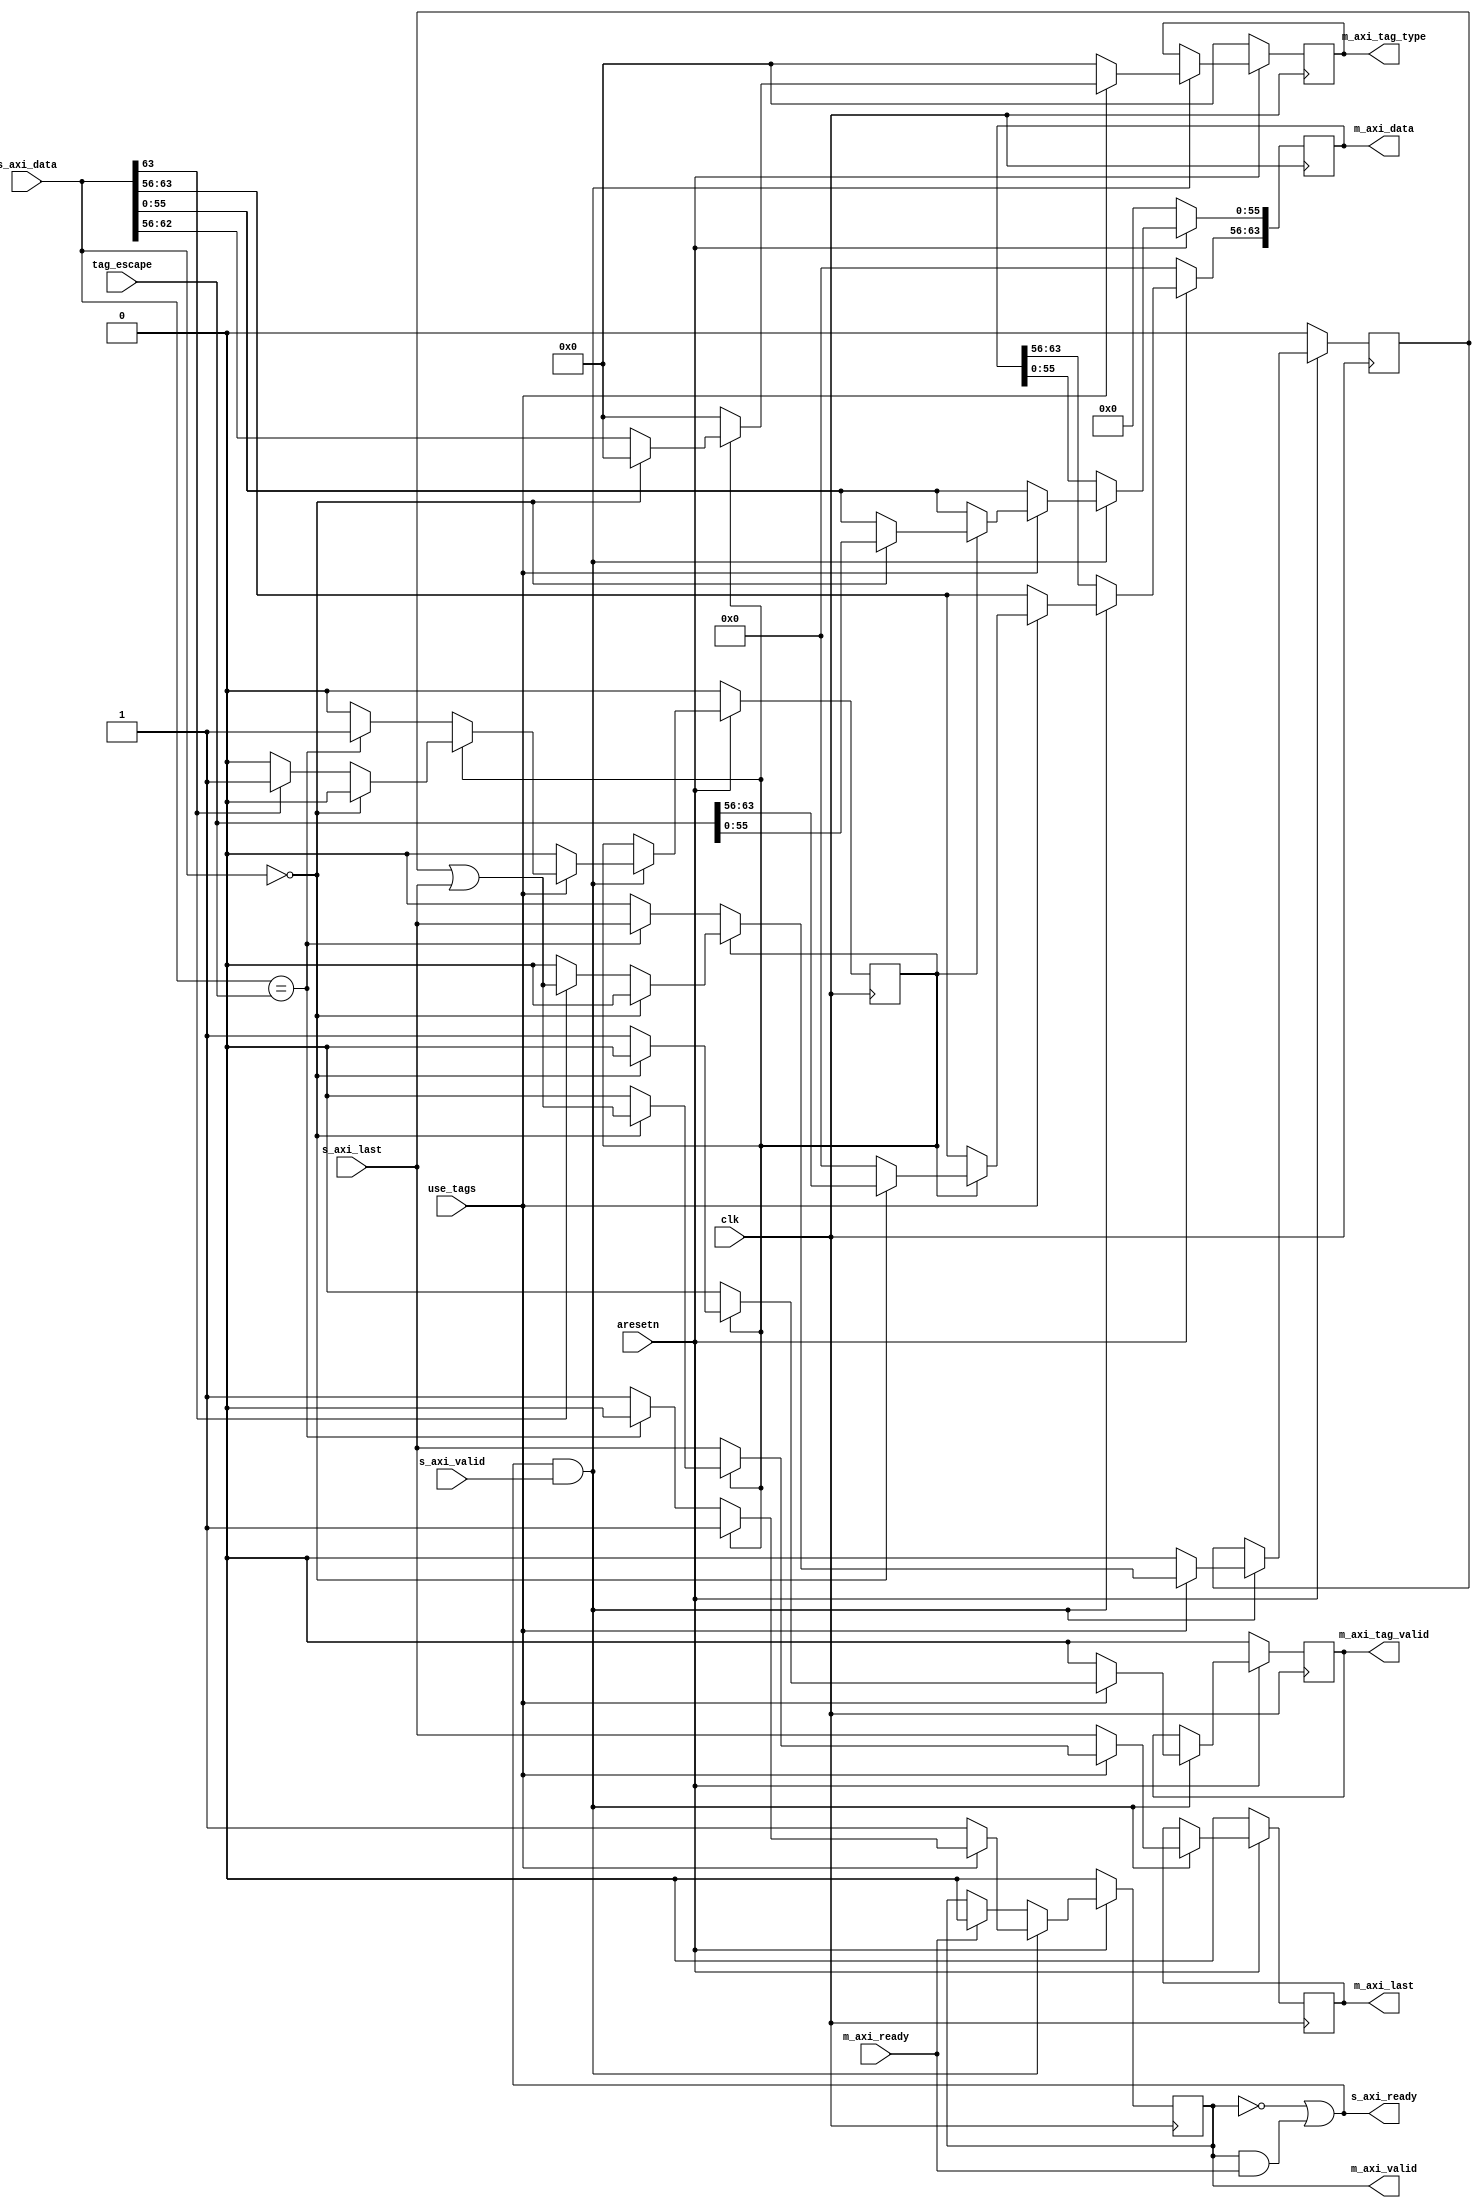
// Tagged type format:
//   For the defaults (DWIDTH=64, TYPE_WIDTH=7), the format is:
//
//     Bit Index   | 63   |  62-56   | 55-0
//     ============+======+==========+===============
//     Description | More | Tag Type | Tag Value


`timescale 1ns/100ps

module rwt_tag_extract #(
  parameter DWIDTH = 64,
  parameter TYPE_WIDTH = 7
)(
  input                       clk,
  input                       aresetn,

  input                       use_tags,
  input [DWIDTH-1:0]          tag_escape,

  output                      s_axi_ready,
  input                       s_axi_valid,
  input [DWIDTH-1:0]          s_axi_data,
  input                       s_axi_last,

  input                       m_axi_ready,
  output                      m_axi_valid,
  output reg [DWIDTH-1:0]     m_axi_data,
  output reg                  m_axi_tag_valid,
  output reg [TYPE_WIDTH-1:0] m_axi_tag_type,
  output reg                  m_axi_last);

  localparam MORE_FLAG = DWIDTH - 1;
  localparam TAG_WIDTH = DWIDTH - 1 - TYPE_WIDTH;

  wire ready;
  reg  valid;
  reg  reg_magic;
  reg  reg_tlast;

  assign s_axi_ready = ready;
  assign m_axi_valid = valid;

  assign ready = (~valid) || (valid && m_axi_ready);

  always @(posedge clk)
  begin
    if (aresetn == 1'b0) begin
      valid <= 1'b0;
      reg_magic <= 1'b0;
      reg_tlast <= 1'b0;
      m_axi_data <= 'd0;
      m_axi_tag_valid <= 1'b0;
      m_axi_tag_type <= 'd0;
      m_axi_last <= 1'b0;
    end else begin
      if (m_axi_ready) begin
        valid <= 1'b0;
      end

      if (ready && s_axi_valid) begin
        // Default: Pass data through
        valid <= 1'b1;
        reg_magic <= 1'b0;
        reg_tlast <= 1'b0;
        m_axi_data <= s_axi_data;
        m_axi_last <= s_axi_last;
        m_axi_tag_valid <= 1'b0;
        m_axi_tag_type <= 'd0;

        if (use_tags) begin
          if (reg_magic) begin
            if (s_axi_data == 'd0) begin
              // The magic keyword was escaped.
              // magic followed by 0 ==> magic
              m_axi_data <= tag_escape;
              m_axi_last <= reg_tlast | s_axi_last;

            end else begin
              // Else this is a tagged element.

              if (s_axi_data[MORE_FLAG]) begin
                // More tags follow, so continue to process them.
                reg_magic <= 1'b1;
                reg_tlast <= reg_tlast | s_axi_last;
              end

              // Set the tag data.
              m_axi_data <= 'd0;
              m_axi_data[0 +: TAG_WIDTH] <= s_axi_data[0 +: TAG_WIDTH];
              m_axi_tag_type <= s_axi_data[TAG_WIDTH +: TYPE_WIDTH];
              m_axi_last <= 1'b0;
              m_axi_tag_valid <= 1'b1;
            end
          end else begin
            // Note: The !escape is handled by defaults. It passes the
            // data through.
            if (s_axi_data == tag_escape) begin
              valid <= 1'b0;
              reg_magic <= 1'b1;
              reg_tlast <= s_axi_last;
            end

          end
        end
      end
    end
  end
endmodule